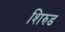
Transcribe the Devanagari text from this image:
शिरुड